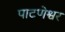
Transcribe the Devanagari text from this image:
पाटणेश्वर